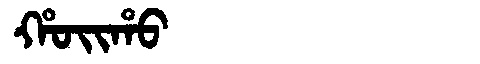
Manchu: ᡥᠣᡳᡥᠣ
Romanization: HOIHO